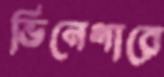
ভিনেগারে